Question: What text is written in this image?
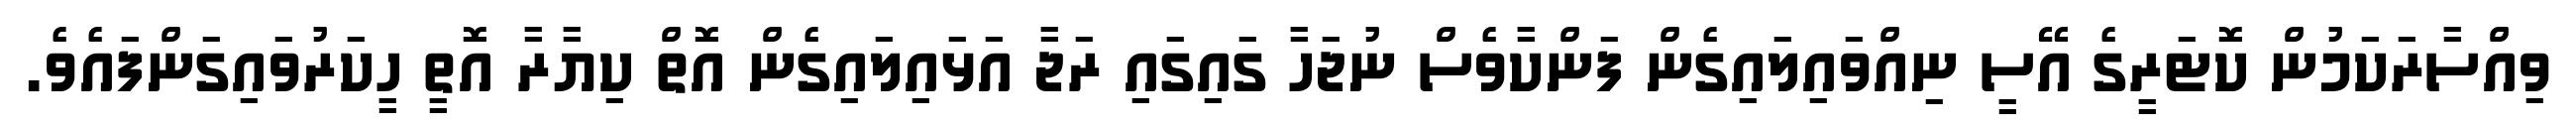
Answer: ވިއްސާރަކަމުން ކޮޓަރީގެ އޭސީ ނިއްވައިލައިގެން ފަންކާވެސް ނުޖަހާ ގައިގައި ރަޖާ އަޅައިލައިގެން އޮތް ކިޔާރާ އޮތީ ހީކަރުވައިގަންފައެވެ.